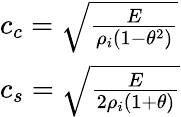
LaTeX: \begin{array}{l}{c_{c}=\sqrt{\frac{E}{\rho_{i}(1-\theta^{2})}}}\\ {c_{s}=\sqrt{\frac{E}{2\rho_{i}(1+\theta)}}}\end{array}